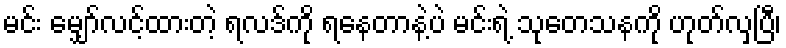
မင်း မျှော်လင့်ထားတဲ့ ရလဒ်ကို ရနေတာနဲ့ပဲ မင်းရဲ့ သုတေသနကို ဟုတ်လှပြီ၊